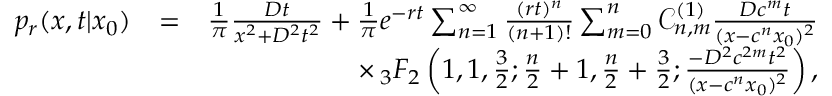
\begin{array} { r l r } { p _ { r } ( x , t | x _ { 0 } ) } & { = } & { \frac { 1 } { \pi } \frac { D t } { x ^ { 2 } + D ^ { 2 } t ^ { 2 } } + \frac { 1 } { \pi } e ^ { - r t } \sum _ { n = 1 } ^ { \infty } \frac { ( r t ) ^ { n } } { ( n + 1 ) ! } \sum _ { m = 0 } ^ { n } \mathcal { C } _ { n , m } ^ { ( 1 ) } \frac { D c ^ { m } t } { ( x - c ^ { n } x _ { 0 } ) ^ { 2 } } } \\ & { } & { \times \, _ { 3 } F _ { 2 } \left( 1 , 1 , \frac { 3 } { 2 } ; \frac { n } { 2 } + 1 , \frac { n } { 2 } + \frac { 3 } { 2 } ; \frac { - D ^ { 2 } c ^ { 2 m } t ^ { 2 } } { ( x - c ^ { n } x _ { 0 } ) ^ { 2 } } \right) , } \end{array}